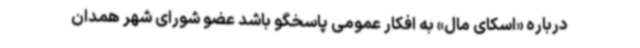
درباره «اسکای مال» به افکار عمومی پاسخگو باشد عضو شورای شهر همدان